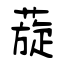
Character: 蔙